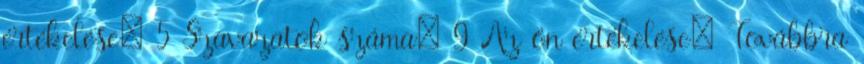
értékelése: 5 Szavazatok száma: 9 Az ön értékelése: Továbbra